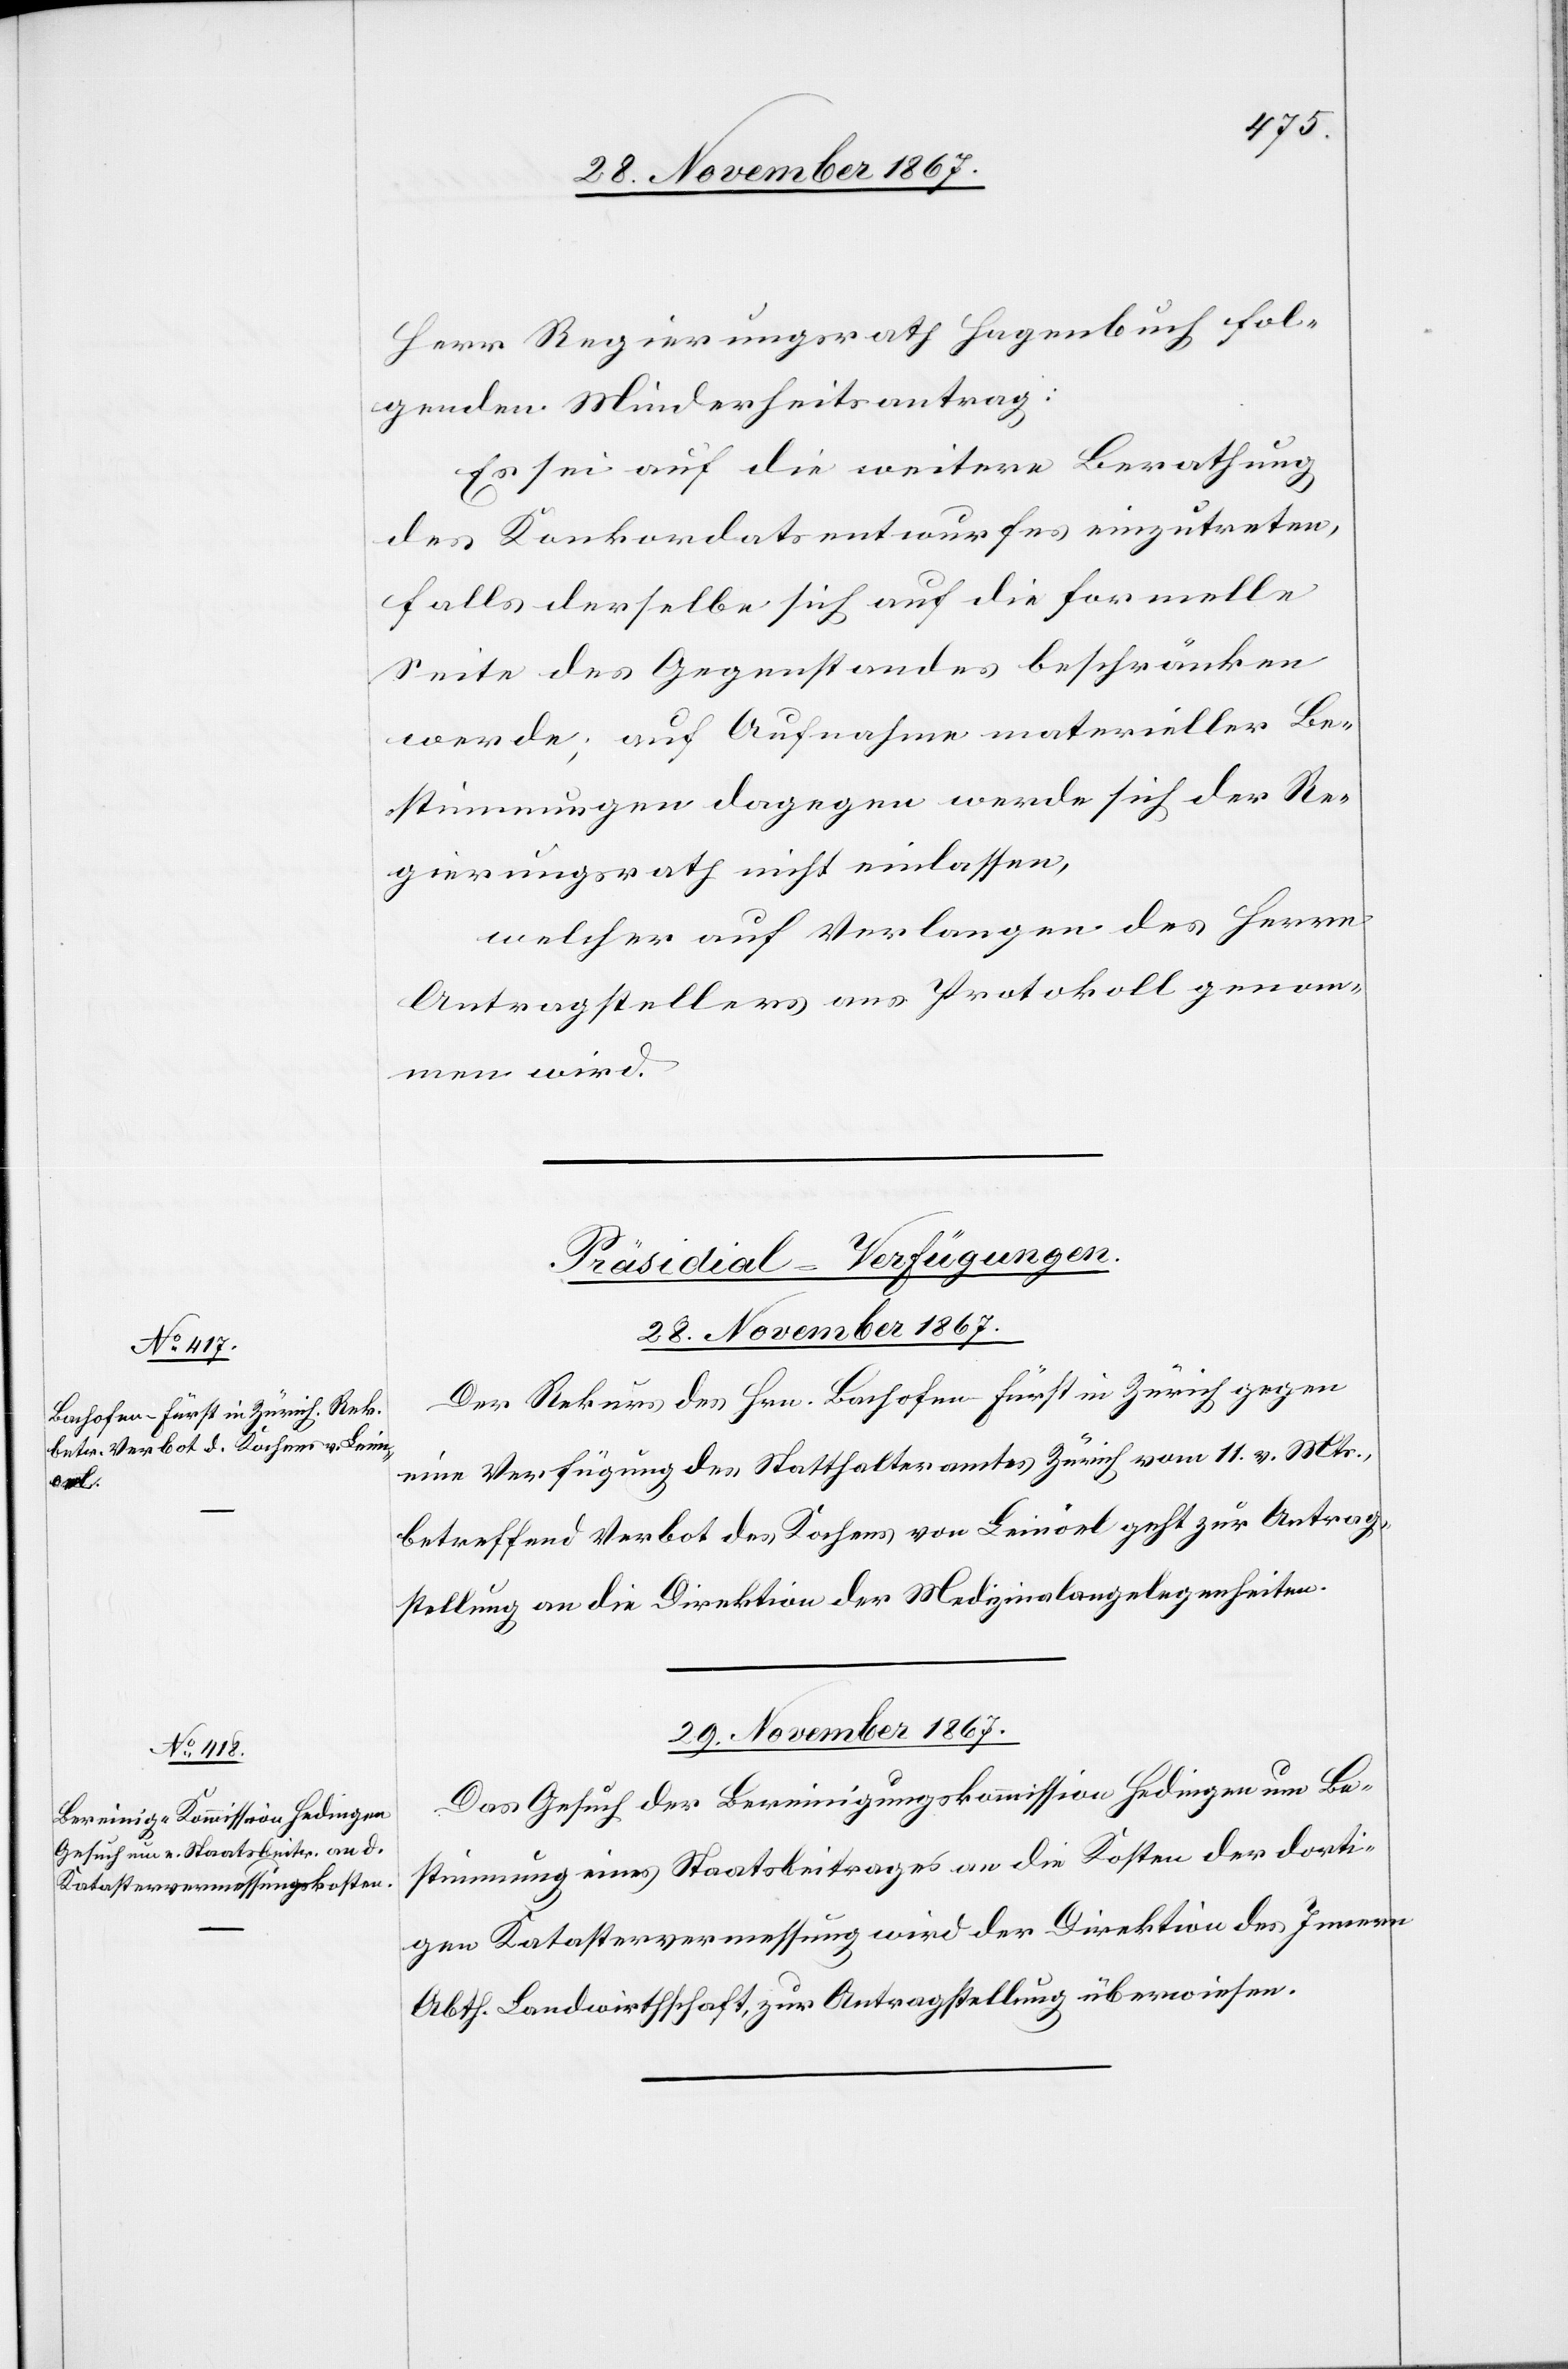
Herr Regierungsrath Hagenbuch fol¬
genden Minderheitsantrag:
Es sei auf die weitere Berathung
des Konkordatsentwurfes einzutreten,
falls derselbe sich auf die formelle
Seite des Gegenstandes beschränken
werde; auf Aufnahme materieller Be¬
stimmungen dagegen werde sich der Re¬
gierungsrath nicht einlassen.
welcher auf Verlangen des Herrn
Antragstellers ans Protokoll genom¬
men wird.
[Präsidial-Verfügungen.]
29. November 1867.
Der Rekurs des Hrn. Bachofen-Fürst in Zürich gegen
eine Verfügung des Statthalteramtes Zürich vom 11. v. Mts.,
betreffend Verbot des Kochens von Leinöl [sic!] geht zur Antrag¬
stellung an die Direktion der Medizinalangelegenheiten.
Das Gesuch der Bereinigungskommission Hedingen um Be¬
stimmung eines Staatsbeitrages an die Kosten der dorti¬
gen Katastervermessung wird der Direktion des Innern,
Abth. Landwirthschaft, zur Antragstellung überwiesen.